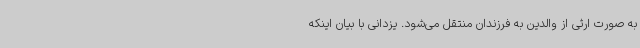
به صورت ارثی از والدین به فرزندان منتقل می‌شود. یزدانی با بیان اینکه